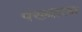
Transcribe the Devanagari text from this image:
पंख्याला